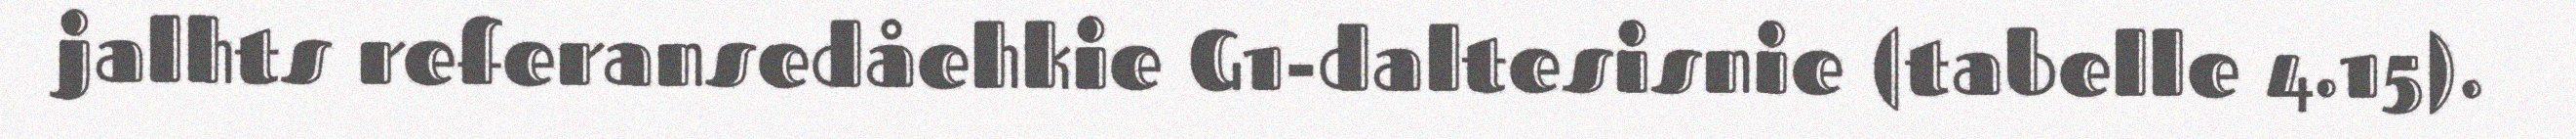
jalhts referansedåehkie G1-daltesisnie (tabelle 4.15).